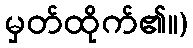
မှတ်ထိုက်၏။)